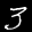
Label: 3